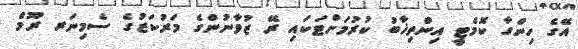
އޭގެ ހިންގާ ކޮމެޓީ އިންތިޚާބު ކުރުމަށްޓަކައި ރޭ ޒުވާނުންގެ މަރުކަޒުގެ ސެމިނަރ ރޫމް